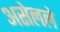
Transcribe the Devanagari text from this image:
असेलले